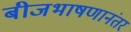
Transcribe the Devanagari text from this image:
बीजभाषणानंतर